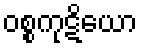
ဝစ္စကုဋိယော